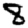
Digit: 8